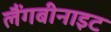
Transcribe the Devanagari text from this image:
लैंगबीनाइट